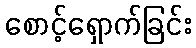
စောင့်ရှောက်ခြင်း